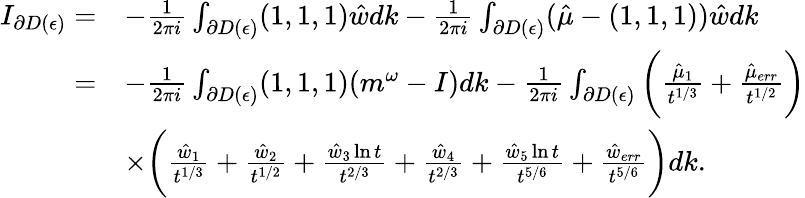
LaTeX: \begin{array}{rl}{I_{\partial D(\epsilon)}=}&{-\frac{1}{2\pi i}\int_{\partial D(\epsilon)}(1,1,1)\hat{w}dk-\frac{1}{2\pi i}\int_{\partial D(\epsilon)}(\hat{\mu}-(1,1,1))\hat{w}dk}\\ {=}&{-\frac{1}{2\pi i}\int_{\partial D(\epsilon)}(1,1,1)(m^{\omega}-I)dk-\frac{1}{2\pi i}\int_{\partial D(\epsilon)}\bigg(\frac{\hat{\mu}_{1}}{t^{1/3}}+\frac{\hat{\mu}_{err}}{t^{1/2}}\bigg)}\\ &{\times\bigg(\frac{\hat{w}_{1}}{t^{1/3}}+\frac{\hat{w}_{2}}{t^{1/2}}+\frac{\hat{w}_{3}\ln t}{t^{2/3}}+\frac{\hat{w}_{4}}{t^{2/3}}+\frac{\hat{w}_{5}\ln t}{t^{5/6}}+\frac{\hat{w}_{err}}{t^{5/6}}\bigg)dk.}\end{array}